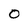
Character: O